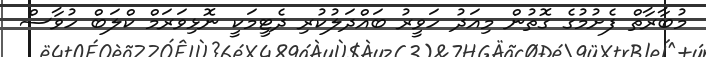
މުބާރާތް ފެށުމުގެ ގޮތުން މިއަދު ހަވީރު ބައްދަލުކުރި ދެޓީމަކީ ނޮޅިވަރަމް ކްލަބް ހުވާސް